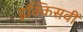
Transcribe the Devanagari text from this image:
इक्किसवीं